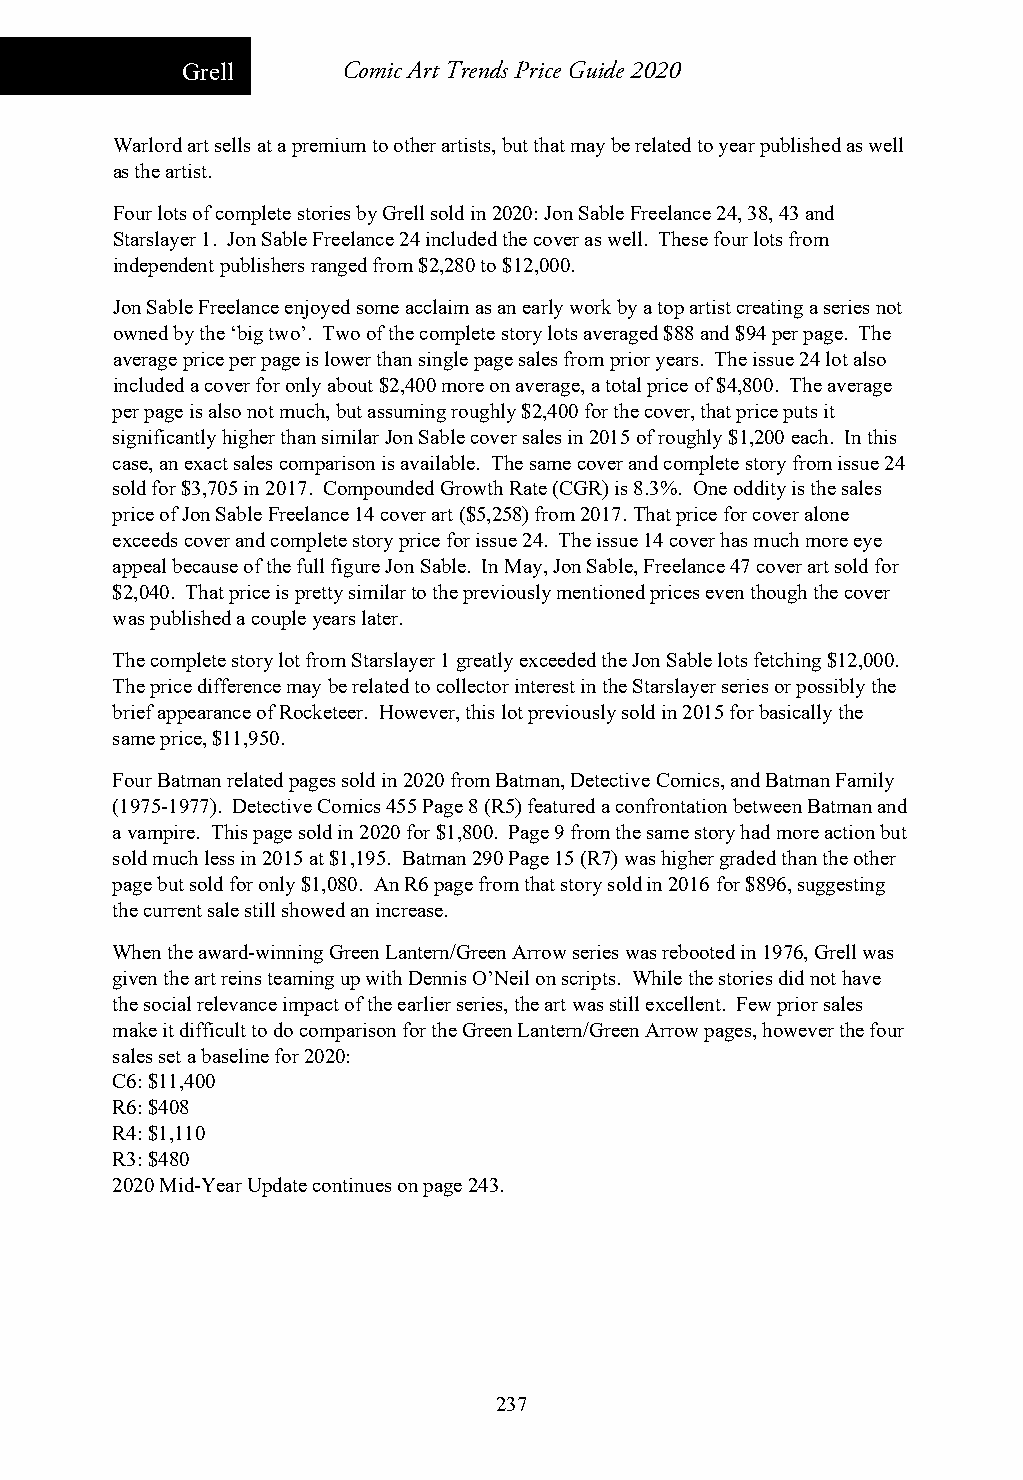
Grell      Comic Art Trends Price Guide 2020
 Warlord art sells at a premium to other artists, but that may be related to year published as well
 as the artist.
 Four lots of complete stories by Grell sold in 2020: Jon Sable Freelance 24, 38, 43 and
 Starslayer 1. Jon Sable Freelance 24 included the cover as well. These four lots from
 independent publishers ranged from $2,280 to $12,000.
 Jon Sable Freelance enjoyed some acclaim as an early work by a top artist creating a series not
 owned by the ‘big two’. Two of the complete story lots averaged $88 and $94 per page. The
 average price per page is lower than single page sales from prior years. The issue 24 lot also
 included a cover for only about $2,400 more on average, a total price of $4,800. The average
 per page is also not much, but assuming roughly $2,400 for the cover, that price puts it
 significantly higher than similar Jon Sable cover sales in 2015 of roughly $1,200 each. In this
 case, an exact sales comparison is available. The same cover and complete story from issue 24
 sold for $3,705 in 2017. Compounded Growth Rate (CGR) is 8.3%. One oddity is the sales
 price of Jon Sable Freelance 14 cover art ($5,258) from 2017. That price for cover alone
 exceeds cover and complete story price for issue 24. The issue 14 cover has much more eye
 appeal because of the full figure Jon Sable. In May, Jon Sable, Freelance 47 cover art sold for
 $2,040. That price is pretty similar to the previously mentioned prices even though the cover
 was published a couple years later.
 The complete story lot from Starslayer 1 greatly exceeded the Jon Sable lots fetching $12,000.
 The price difference may be related to collector interest in the Starslayer series or possibly the
 brief appearance of Rocketeer. However, this lot previously sold in 2015 for basically the
 same price, $11,950.
 Four Batman related pages sold in 2020 from Batman, Detective Comics, and Batman Family
 (1975-1977). Detective Comics 455 Page 8 (R5) featured a confrontation between Batman and
 a vampire. This page sold in 2020 for $1,800. Page 9 from the same story had more action but
 sold much less in 2015 at $1,195. Batman 290 Page 15 (R7) was higher graded than the other
 page but sold for only $1,080. An R6 page from that story sold in 2016 for $896, suggesting
 the current sale still showed an increase.
 When the award-winning Green Lantern/Green Arrow series was rebooted in 1976, Grell was
 given the art reins teaming up with Dennis O’Neil on scripts. While the stories did not have
 the social relevance impact of the earlier series, the art was still excellent. Few prior sales
 make it difficult to do comparison for the Green Lantern/Green Arrow pages, however the four
 sales set a baseline for 2020:
 C6: $11,400
 R6: $408
 R4: $1,110
 R3: $480
 2020 Mid-Year Update continues on page 243.
 237